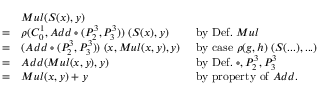
{ \begin{array} { l l l } & { M u l ( S ( x ) , y ) } \\ { = } & { \rho ( C _ { 0 } ^ { 1 } , A d d \circ ( P _ { 2 } ^ { 3 } , P _ { 3 } ^ { 3 } ) ) \; ( S ( x ) , y ) } & { { \mathrm { ~ b y ~ D e f . ~ } } M u l } \\ { = } & { ( A d d \circ ( P _ { 2 } ^ { 3 } , P _ { 3 } ^ { 3 } ) ) \; ( x , M u l ( x , y ) , y ) } & { { \mathrm { ~ b y ~ c a s e ~ } } \rho ( g , h ) \; ( S ( . . . ) , . . . ) } \\ { = } & { A d d ( M u l ( x , y ) , y ) } & { { \mathrm { ~ b y ~ D e f . ~ } } \circ , P _ { 2 } ^ { 3 } , P _ { 3 } ^ { 3 } } \\ { = } & { M u l ( x , y ) + y } & { { \mathrm { ~ b y ~ p r o p e r t y ~ o f ~ } } A d d . } \end{array} }